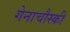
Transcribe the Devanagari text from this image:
गेनाचौस्की